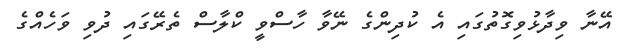
އޭނާ ވިދާޅުވިގޮތުގައި އެ ކުދިންގެ ނޭވާ ހާސްވީ ކްލާސް ތެރޭގައި ދުވި ވަހެއްގެ